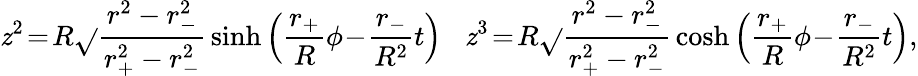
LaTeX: \mathit{z}^{2}\! =\! R\sqrt{}{{\frac{{r^{2}-r_{-}^{2}}}{{r_{+}^{2}-r_{-}^{2}}}}}\sinh\left(\frac{{r_{+}}}{{R}}\phi\! -\! \frac{{r_{-}}}{{R^{2}}}t\right)\; \; \; \mathit{z}^{3}\! =\! R\sqrt{}{{\frac{{r^{2}-r_{-}^{2}}}{{r_{+}^{2}-r_{-}^{2}}}}}\cosh\left(\frac{{r_{+}}}{{R}}\phi\! -\! \frac{{r_{-}}}{{R^{2}}}t\right),